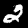
Label: 2